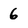
Character: 6